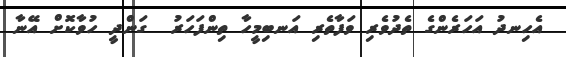
އެހިނދު އަހަރެންގެ ތެދުވެރި ވަފާތެރި އަނބިމީހާ ތިންފަހަރު  ގަންދީ ހުވާކޮށް އޭނާ